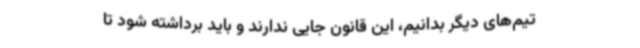
تیم‌های دیگر بدانیم، این قانون جایی ندارند و باید برداشته شود تا